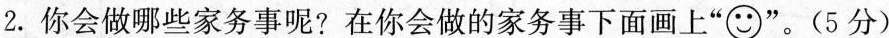
2.你会做哪些家务事呢？在你会做的家务事下面画上””。(5分)